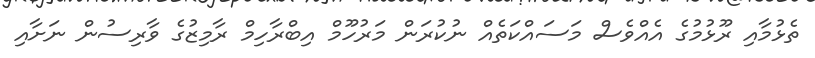
ތެޅުމާއި ރޫޅުމުގެ އެއްވެސް މަސައްކަތެއް ނުކުރަން މަރުހޫމް އިބްރާހިމް ރާމިޒުގެ ވާރިސުން ނަށާއި